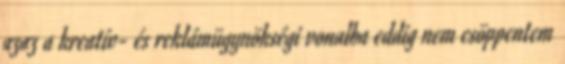
azaz a kreatív- és reklámügynökségi vonalba eddig nem csöppentem